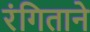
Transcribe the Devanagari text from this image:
रंगिताने